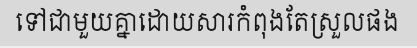
ទៅជាមួយគ្នាដោយសារកំពុងតែស្រួលផង